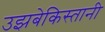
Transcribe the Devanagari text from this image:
उझबेकिस्तानी